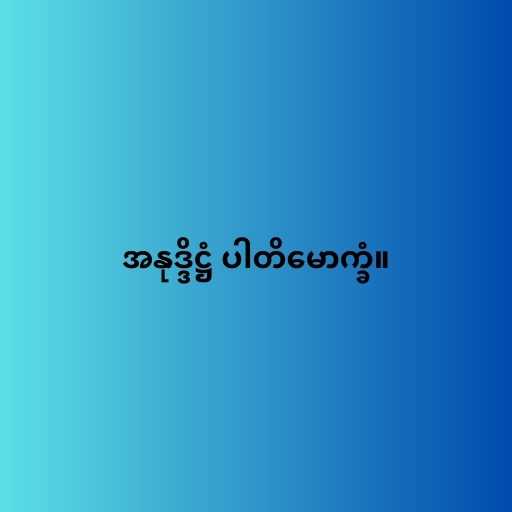
အနုဒ္ဒိဋ္ဌံ ပါတိမောက္ခံ။